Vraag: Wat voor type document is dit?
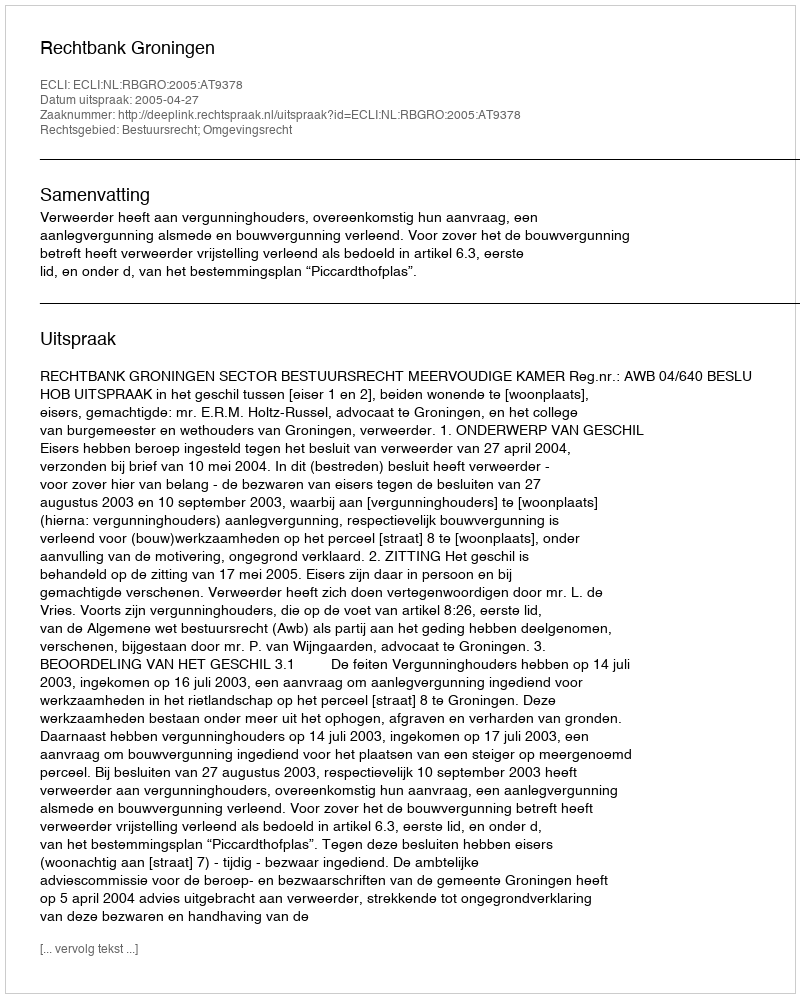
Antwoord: Uitspraak